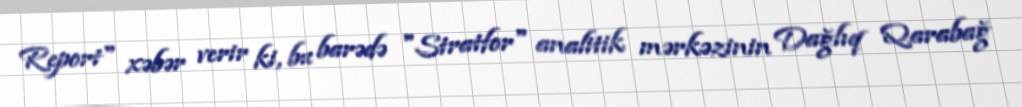
Report" xəbər verir ki, bu barədə "Stratfor" analitik mərkəzinin Dağlıq Qarabağ